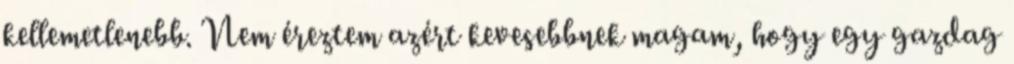
kellemetlenebb. Nem éreztem azért kevesebbnek magam, hogy egy gazdag